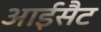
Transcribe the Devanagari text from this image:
आईसैट